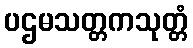
ပဌမသတ္တကသုတ္တံ